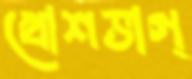
খোশভাগ্